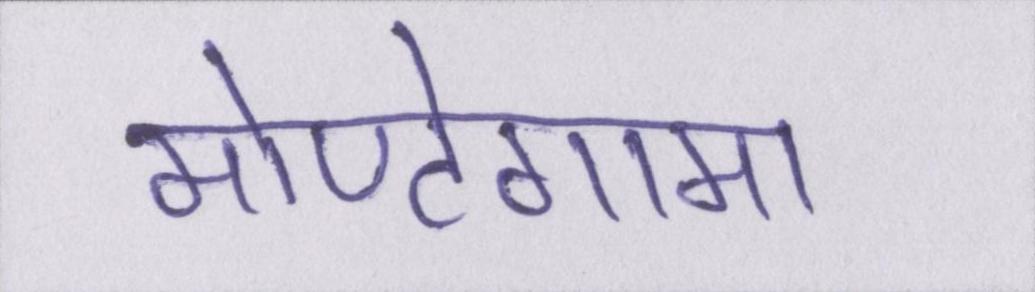
मोण्टेगामा